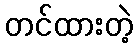
တင်ထားတဲ့